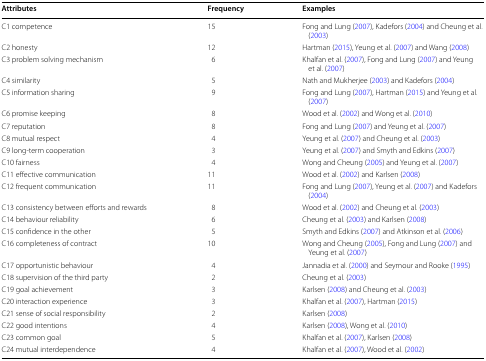
<table><thead><tr><td><b>Attributes</b></td><td><b>Frequency</b></td><td><b>Examples</b></td></tr></thead><tbody><tr><td>C1 competence</td><td>15</td><td>Fong and Lung (2007), Kadefors (2004) and Cheung et al. (2003)</td></tr><tr><td>C2 honesty</td><td>12</td><td>Hartman (2015), Yeung et al. (2007) and Wang (2008)</td></tr><tr><td>C3 problem solving mechanism</td><td>6</td><td>Khalfan et al. (2007), Fong and Lung (2007) and Yeung et al. (2007)</td></tr><tr><td>C4 similarity</td><td>5</td><td>Nath and Mukherjee (2003) and Kadefors (2004)</td></tr><tr><td>C5 information sharing</td><td>9</td><td>Fong and Lung (2007), Hartman (2015) and Yeung et al. (2007)</td></tr><tr><td>C6 promise keeping</td><td>8</td><td>Wood et al. (2002) and Wong et al. (2010)</td></tr><tr><td>C7 reputation</td><td>8</td><td>Fong and Lung (2007) and Yeung et al. (2007)</td></tr><tr><td>C8 mutual respect</td><td>4</td><td>Yeung et al. (2007) and Cheung et al. (2003)</td></tr><tr><td>C9 long-term cooperation</td><td>3</td><td>Yeung et al. (2007) and Smyth and Edkins (2007)</td></tr><tr><td>C10 fairness</td><td>4</td><td>Wong and Cheung (2005) and Yeung et al. (2007)</td></tr><tr><td>C11 effective communication</td><td>11</td><td>Wood et al. (2002) and Karlsen (2008)</td></tr><tr><td>C12 frequent communication</td><td>11</td><td>Fong and Lung (2007), Yeung et al. (2007) and Kadefors (2004)</td></tr><tr><td>C13 consistency between efforts and rewards</td><td>8</td><td>Wood et al. (2002) and Cheung et al. (2003)</td></tr><tr><td>C14 behaviour reliability</td><td>6</td><td>Cheung et al. (2003) and Karlsen (2008)</td></tr><tr><td>C15 confidence in the other</td><td>5</td><td>Smyth and Edkins (2007) and Atkinson et al. (2006)</td></tr><tr><td>C16 completeness of contract</td><td>10</td><td>Wong and Cheung (2005), Fong and Lung (2007) and Yeung et al. (2007)</td></tr><tr><td>C17 opportunistic behaviour</td><td>4</td><td>Jannadia et al. (2000) and Seymour and Rooke (1995)</td></tr><tr><td>C18 supervision of the third party</td><td>2</td><td>Cheung et al. (2003)</td></tr><tr><td>C19 goal achievement</td><td>3</td><td>Karlsen (2008) and Cheung et al. (2003)</td></tr><tr><td>C20 interaction experience</td><td>3</td><td>Khalfan et al. (2007), Hartman (2015)</td></tr><tr><td>C21 sense of social responsibility</td><td>2</td><td>Karlsen (2008)</td></tr><tr><td>C22 good intentions</td><td>4</td><td>Karlsen (2008), Wong et al. (2010)</td></tr><tr><td>C23 common goal</td><td>5</td><td>Khalfan et al. (2007), Karlsen (2008)</td></tr><tr><td>C24 mutual interdependence</td><td>4</td><td>Khalfan et al. (2007), Wood et al. (2002)</td></tr></tbody></table>